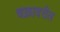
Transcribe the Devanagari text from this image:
चक्रावरील